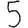
Digit: 5